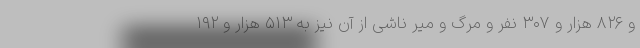
و ۸۲۶ هزار و ۳۰۷ نفر و مرگ و میر ناشی از آن نیز به ۵۱۳ هزار و ۱۹۲